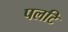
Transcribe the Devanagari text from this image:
पलटि